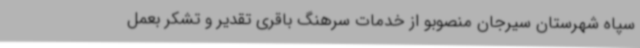
سپاه شهرستان سیرجان منصوبو از خدمات سرهنگ باقری تقدیر و تشکر بعمل